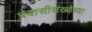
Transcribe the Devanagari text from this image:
प्रवासीसंख्येच्या